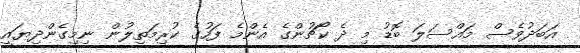
އަބަދުވެސް މައްސަލަ ބޮޑު މި ދެ ކޯޗުންގެ އެންމެ ފަހުގެ ކުރިމަތިލުން ނިމިގެންދިޔައީ